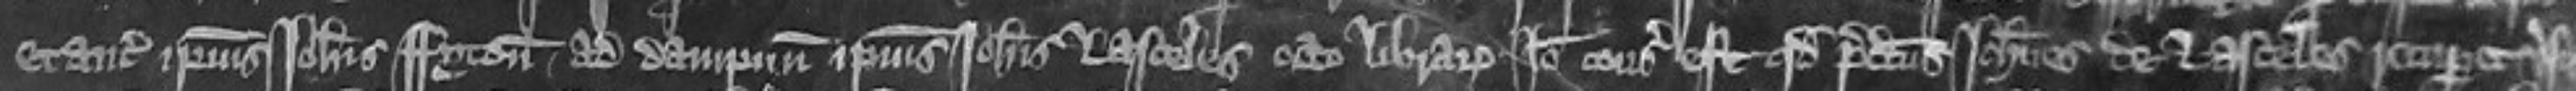
etancie ipsius Johannis Fyton ad dampnum ipsius Johannis de Lasceles octo librarum Ideo consideratum est quod predictus Johannes de Lasceles recuperet versus